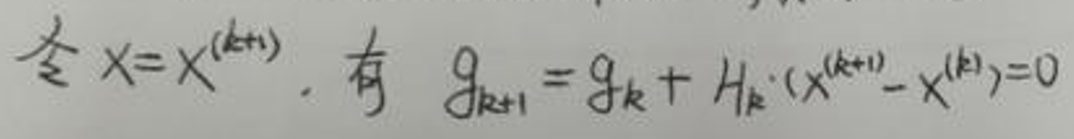
令$x = x^{(k + 1)}$, 有 $g_{k + 1} = g_{k} + H_{k} \cdot (x^{(k + 1)} - x^{(k)}) = 0$